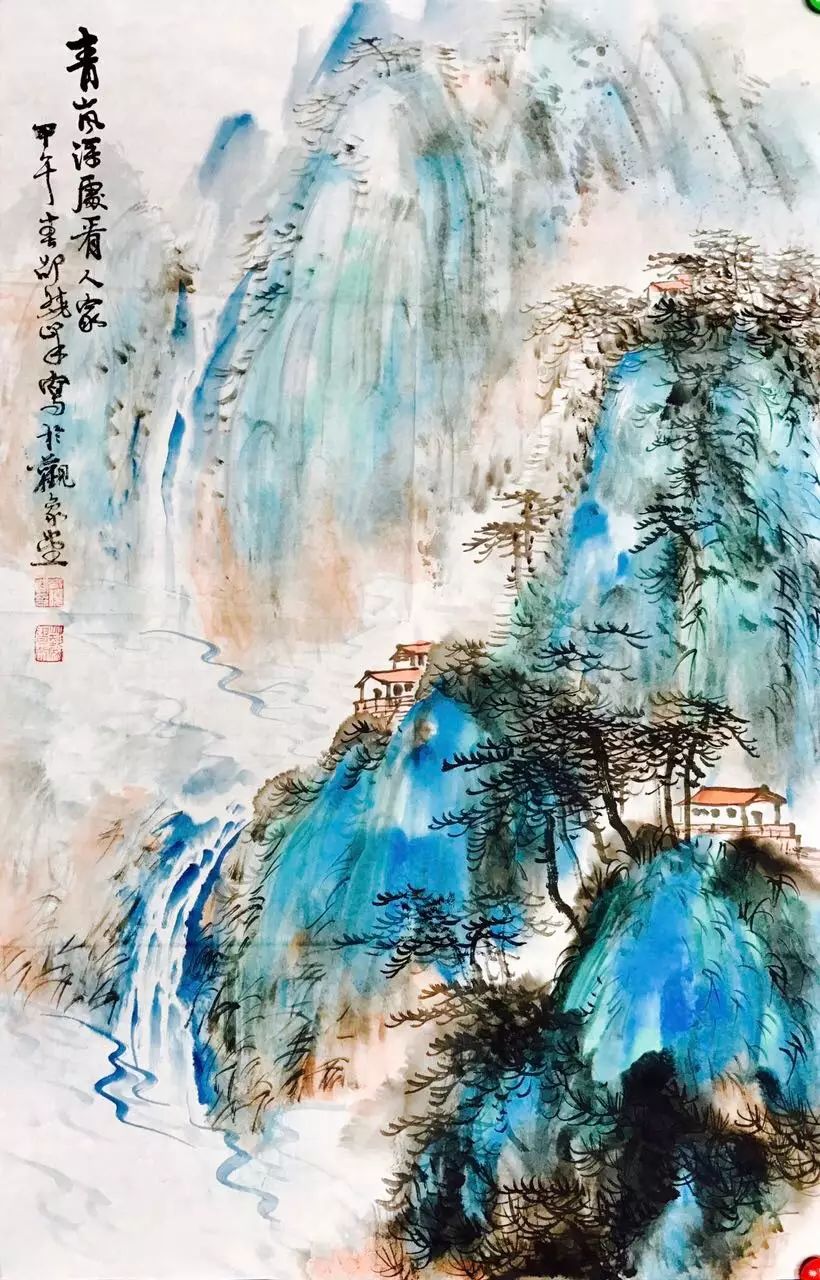
棠梨叶落胭脂色，荞麦花开白雪香。